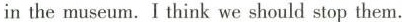
in the museum. I think we should stop them.